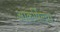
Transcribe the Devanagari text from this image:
आकर्षिल्या